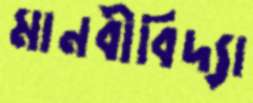
মানবীবিদ্যা